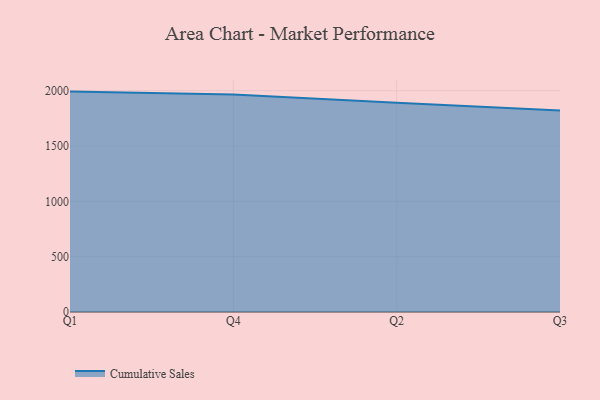
{"axis": {"x": "Quarter", "y": "Latency (ms)"}, "legend": ["Cumulative Sales"], "data": [{"x": "Q1", "y": 1991.5, "type": "Cumulative Sales"}, {"x": "Q4", "y": 1965.5, "type": "Cumulative Sales"}, {"x": "Q2", "y": 1890.8, "type": "Cumulative Sales"}, {"x": "Q3", "y": 1821.2, "type": "Cumulative Sales"}]}